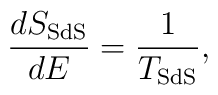
\frac{dS_{\rm SdS}}{dE}=\frac{1}{T_{\rm SdS}},